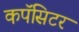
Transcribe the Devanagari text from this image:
कपॅसिटर